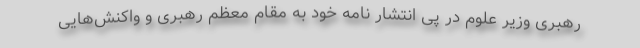
رهبری وزیر علوم در پی انتشار نامه خود به مقام معظم رهبری و واکنش‌هایی